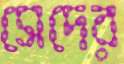
সেদের